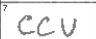
Transcription: CCU